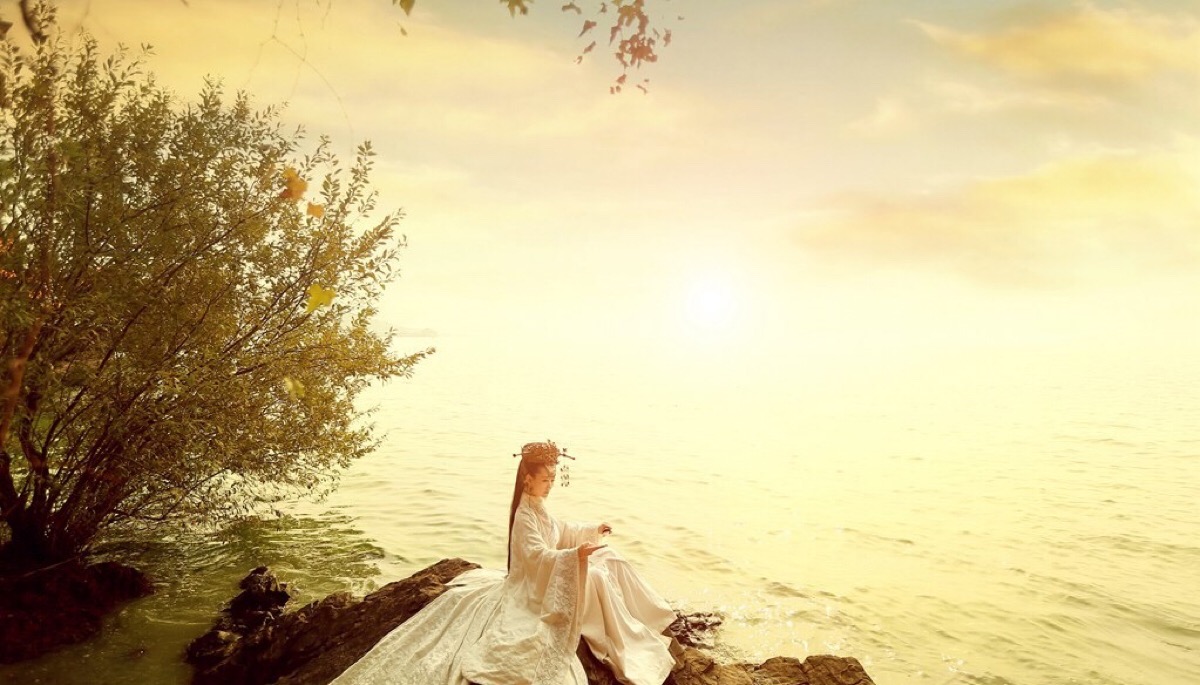
旌蔽日兮敌若云，矢交坠兮士争先。